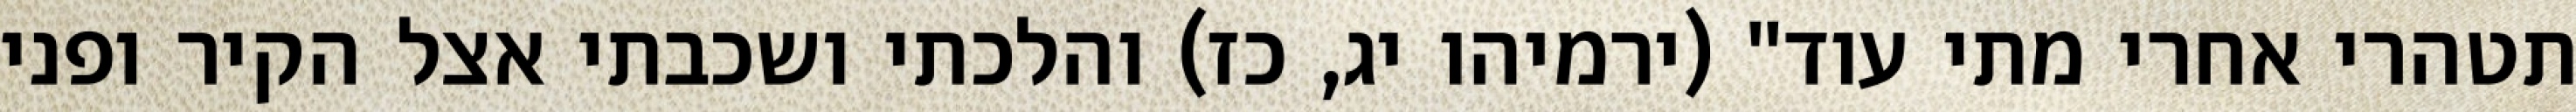
תטהרי אחרי מתי עוד" (ירמיהו יג, כז) והלכתי ושכבתי אצל הקיר ופני